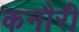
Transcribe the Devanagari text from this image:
कनौरी